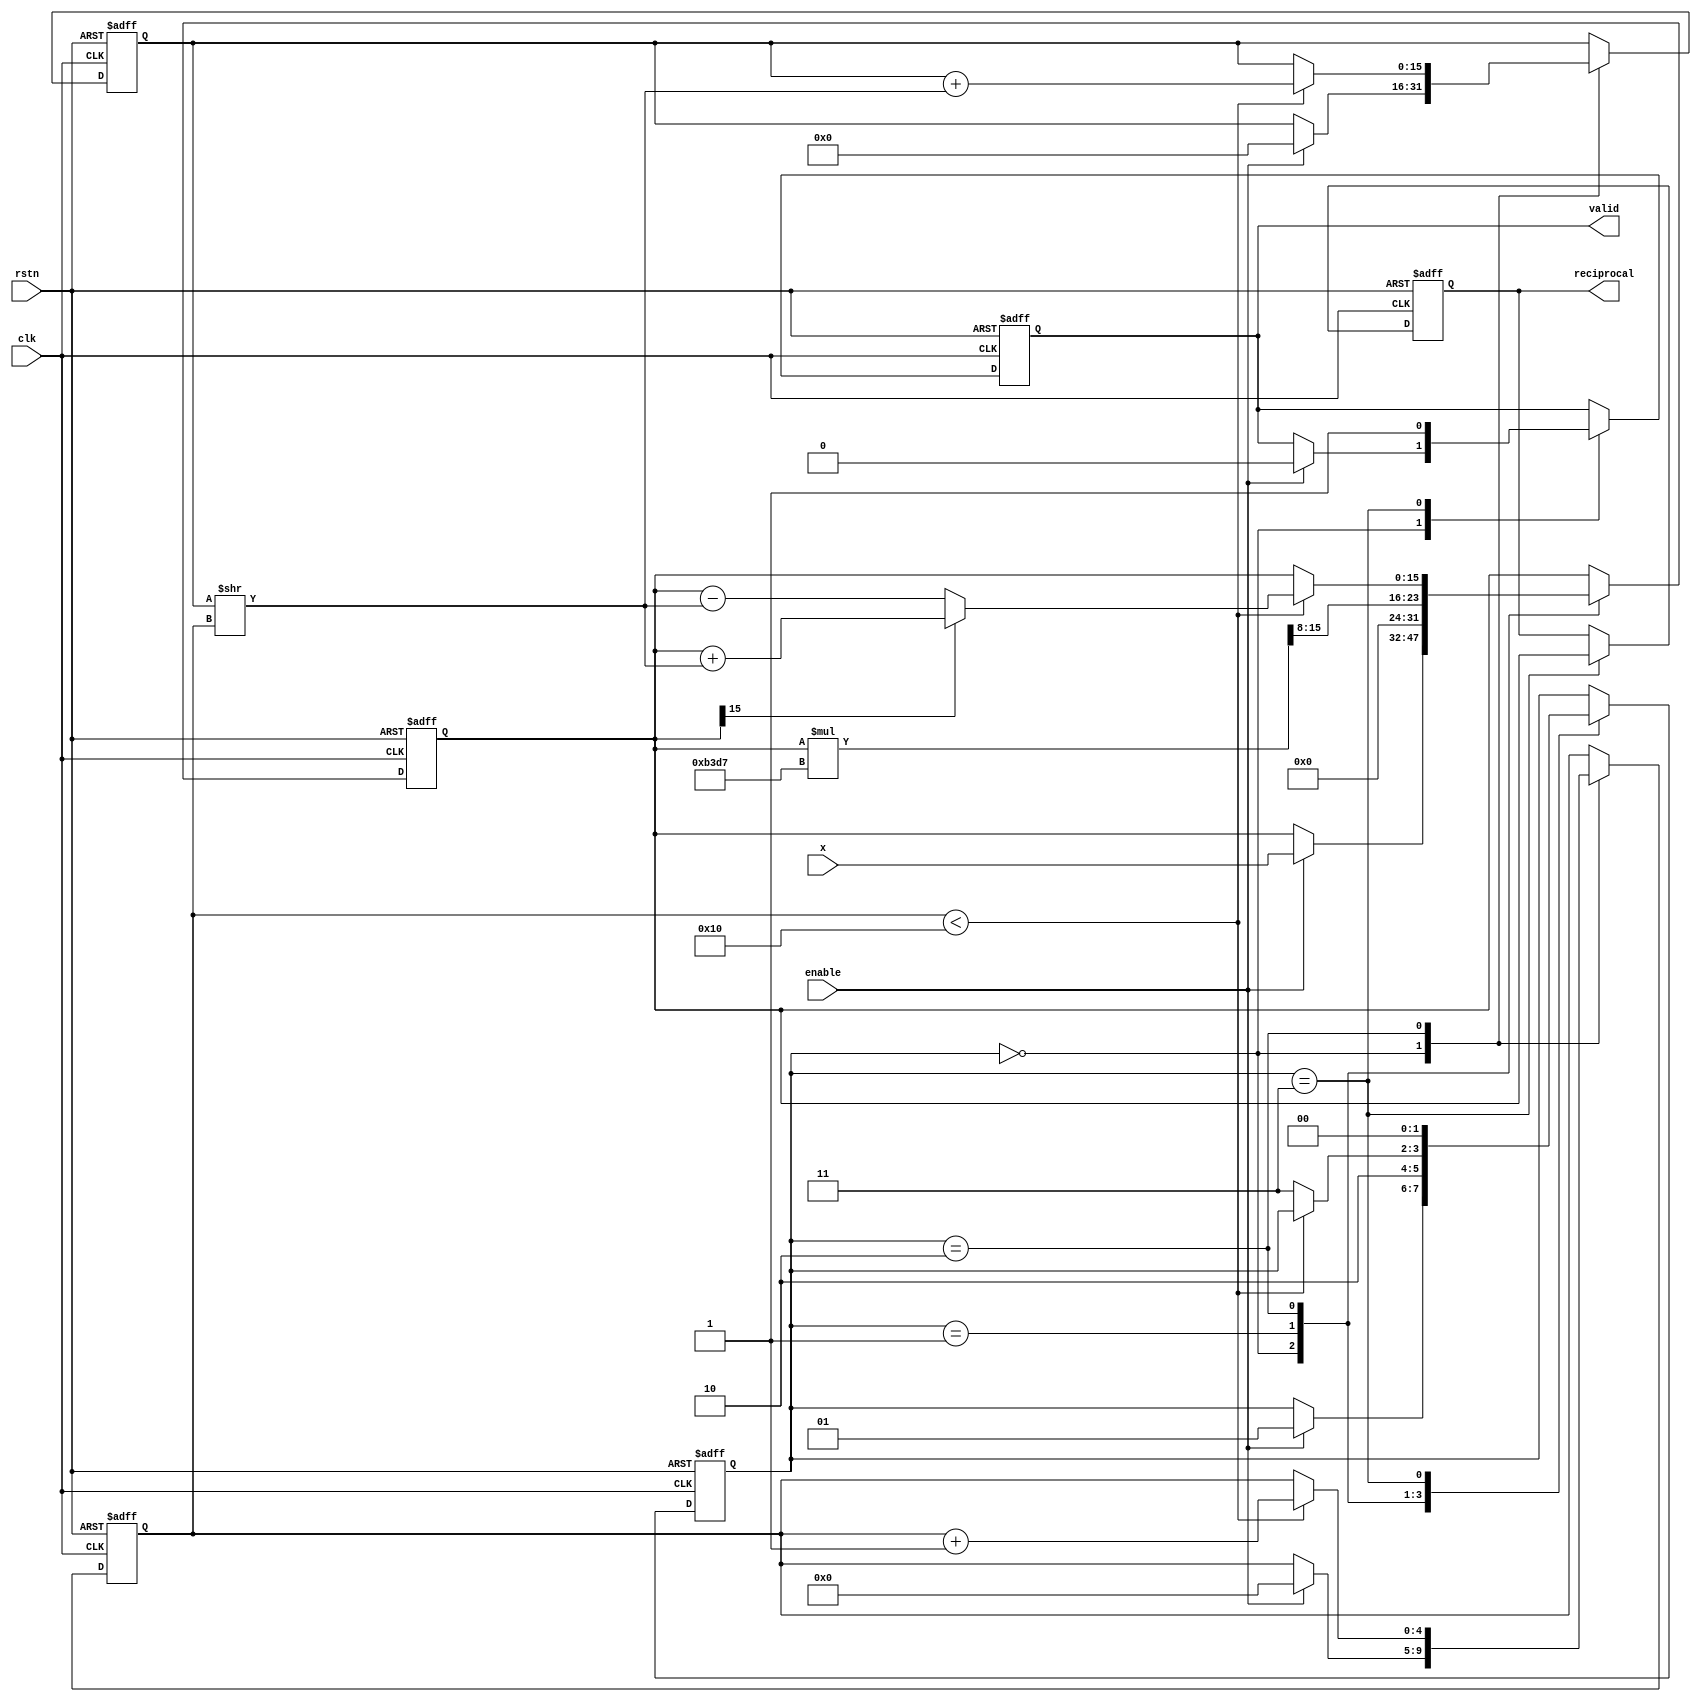
module cordic_reciprocal #(parameter BIT_WIDTH = 16,    // Input and output bit-width
                            parameter ITERATIONS = 16) // Number of CORDIC iterations
(
    input  wire clk,            // Clock signal
    input  wire rstn,           // Active low reset
    input  wire enable,         // Enable signal to start computation
    input  wire [BIT_WIDTH-1:0] x, // Input value
    output reg [BIT_WIDTH-1:0] reciprocal, // Output reciprocal
    output reg valid            // Flag to indicate valid output
);

localparam SCALING_FACTOR = 16'hB3D7; // Scaling factor for CORDIC (1/K)
reg [BIT_WIDTH-1:0] z_shift; // Shift register for the current approximation
reg [BIT_WIDTH-1:0] angle;    // Current angle (iteration index)
reg [4:0] iteration_count;    // Iteration counter
reg [1:0] state;              // State machine
localparam IDLE = 2'b00, INIT = 2'b01, CALC = 2'b10, DONE = 2'b11;

always @(posedge clk or negedge rstn) begin
    if (!rstn) begin
        reciprocal <= 0;
        valid <= 0;
        z_shift <= 0;
        angle <= 0;
        iteration_count <= 0;
        state <= IDLE;
    end else begin
        case (state)
            IDLE: begin
                if (enable) begin
                    z_shift <= x;  // Initialize the shift register with input
                    angle <= 0;     // Reset angle
                    iteration_count <= 0; // Reset iteration count
                    valid <= 0;     // Clear valid flag
                    state <= INIT;  // Move to initialization
                end
            end
            
            INIT: begin
                // Starting CORDIC iterations
                z_shift <= z_shift * SCALING_FACTOR >> (BIT_WIDTH / 2); // Scale the initial input
                state <= CALC; // Proceed to calculation state
            end
            
            CALC: begin
                if (iteration_count < ITERATIONS) begin
                    // CORDIC rotation: Adjust z_shift based on the quadrant
                    if (z_shift[BIT_WIDTH-1]) begin
                        z_shift <= z_shift + (angle >> iteration_count); // Rotate right (increase)
                    end else begin
                        z_shift <= z_shift - (angle >> iteration_count); // Rotate left (decrease)
                    end
                
                    // Update angle based on the current iteration
                    angle <= angle + (angle >> iteration_count);
                    iteration_count <= iteration_count + 1; // Increment iteration count
                end else begin
                    state <= DONE; // Move to done state after iterations
                end
            end
            
            DONE: begin
                reciprocal <= z_shift; // Final approximation of the reciprocal
                valid <= 1;           // Indicate that the output is valid
                state <= IDLE;        // Return to idle state
            end
            
            default: state <= IDLE; // Fail-safe case
        endcase
    end
end

endmodule